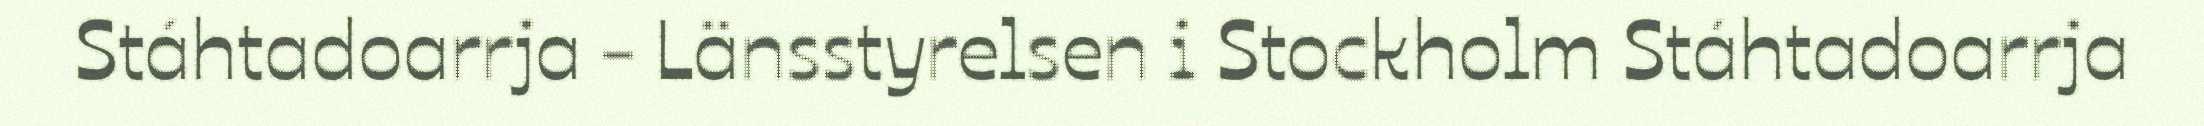
Stáhtadoarrja - Länsstyrelsen i Stockholm Stáhtadoarrja